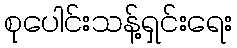
စုပေါင်းသန့်ရှင်းရေး